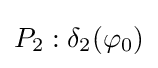
P_{2}:\delta _{2}(\varphi _{0})